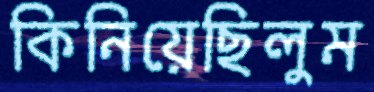
কিনিয়েছিলুম